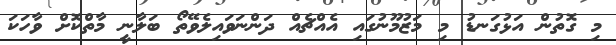
މި ގޮތުން އަޅުގަނޑު މި މަޒުމޫނުގައި އެއްޗެއް ދަންނަވައިލެވޭތޯ ބަލާނީ މާތްކޮށް ވާހަކަ